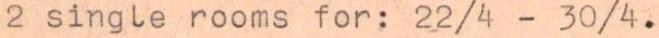
2 single rooms for: 22/4 - 30/4.